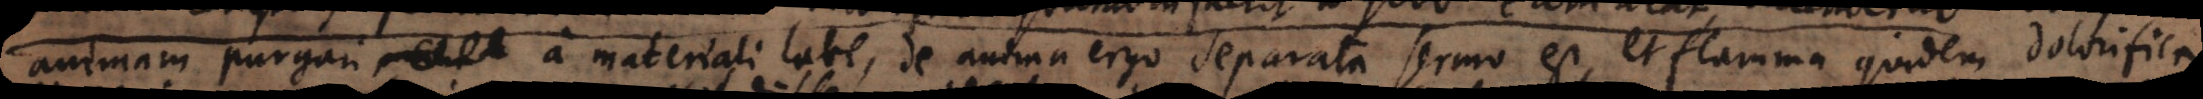
animam purgari a materiali labe, de anima ergo separata sermo est, et flamma quidem dolorifica,